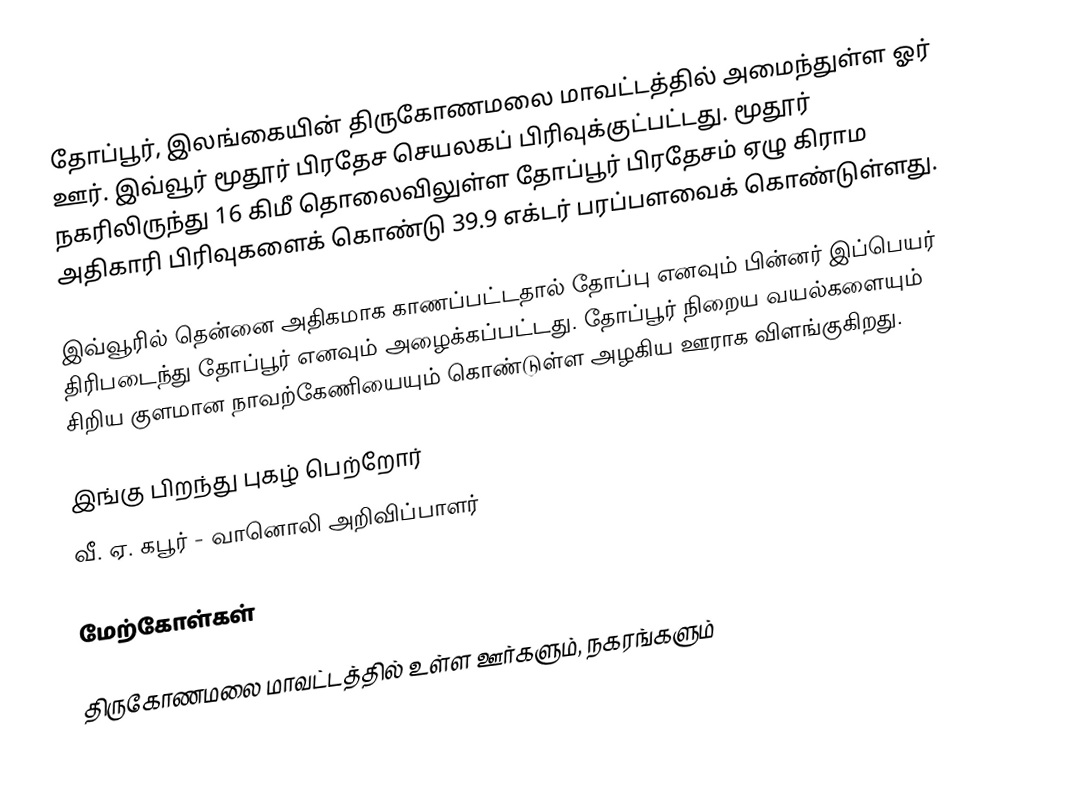
தோப்பூர், இலங்கையின் திருகோணமலை மாவட்டத்தில் அமைந்துள்ள ஓர் ஊர். இவ்வூர் மூதூர் பிரதேச செயலகப் பிரிவுக்குட்பட்டது. மூதூர் நகரிலிருந்து 16 கிமீ தொலைவிலுள்ள தோப்பூர் பிரதேசம் ஏழு கிராம அதிகாரி பிரிவுகளைக் கொண்டு 39.9 எக்டர் பரப்பளவைக் கொண்டுள்ளது.

இவ்வூரில் தென்னை அதிகமாக காணப்பட்டதால் தோப்பு எனவும் பின்னர் இப்பெயர் திரிபடைந்து தோப்பூர் எனவும் அழைக்கப்பட்டது. தோப்பூர் நிறைய வயல்களையும் சிறிய குளமான நாவற்கேணியையும்  கொண்டுள்ள அழகிய ஊராக விளங்குகிறது.

இங்கு பிறந்து புகழ் பெற்றோர்
 வீ. ஏ. கபூர் - வானொலி அறிவிப்பாளர்

மேற்கோள்கள்

திருகோணமலை மாவட்டத்தில் உள்ள ஊர்களும், நகரங்களும்